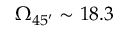
\Omega _ { 4 5 ^ { \prime } } \sim 1 8 . 3